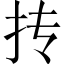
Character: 抟